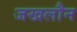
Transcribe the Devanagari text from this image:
जखलौन